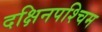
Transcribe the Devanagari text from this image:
दक्षिनपश्चिम